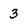
Character: 3